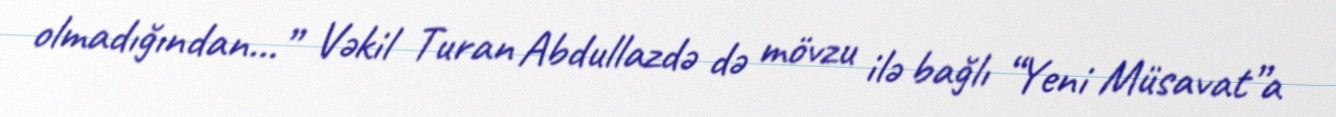
olmadığından...” Vəkil Turan Abdullazdə də mövzu ilə bağlı “Yeni Müsavat”a